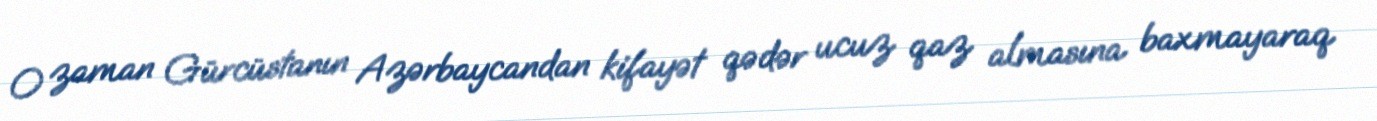
O zaman Gürcüstanın Azərbaycandan kifayət qədər ucuz qaz almasına baxmayaraq